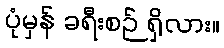
ပုံမှန် ခရီးစဉ် ရှိလား။